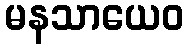
မနသာယေဝ